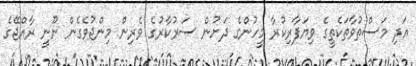
އަދި މަސްތުވާތަކެތީގެ ވިޔަފާރިކުރާ މީހުންގެ ދަށުން ސަރުކާރުގެ ވެރިން މިންޖުވެގެން ނޫނީ ރާއްޖޭގެ